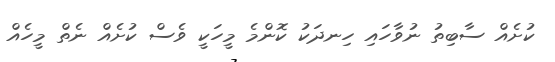
ކުށެއް ސާބިތު ނުވާހައި ހިނދަކު ކޮންމެ މީހަކީ ވެސް ކުށެއް ނެތް މީހެއް